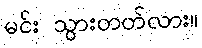
မင်း သွားတတ်လား။